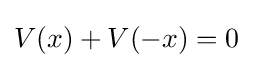
V(x)+V(-x)=0